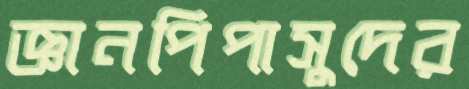
জ্ঞানপিপাসুদের